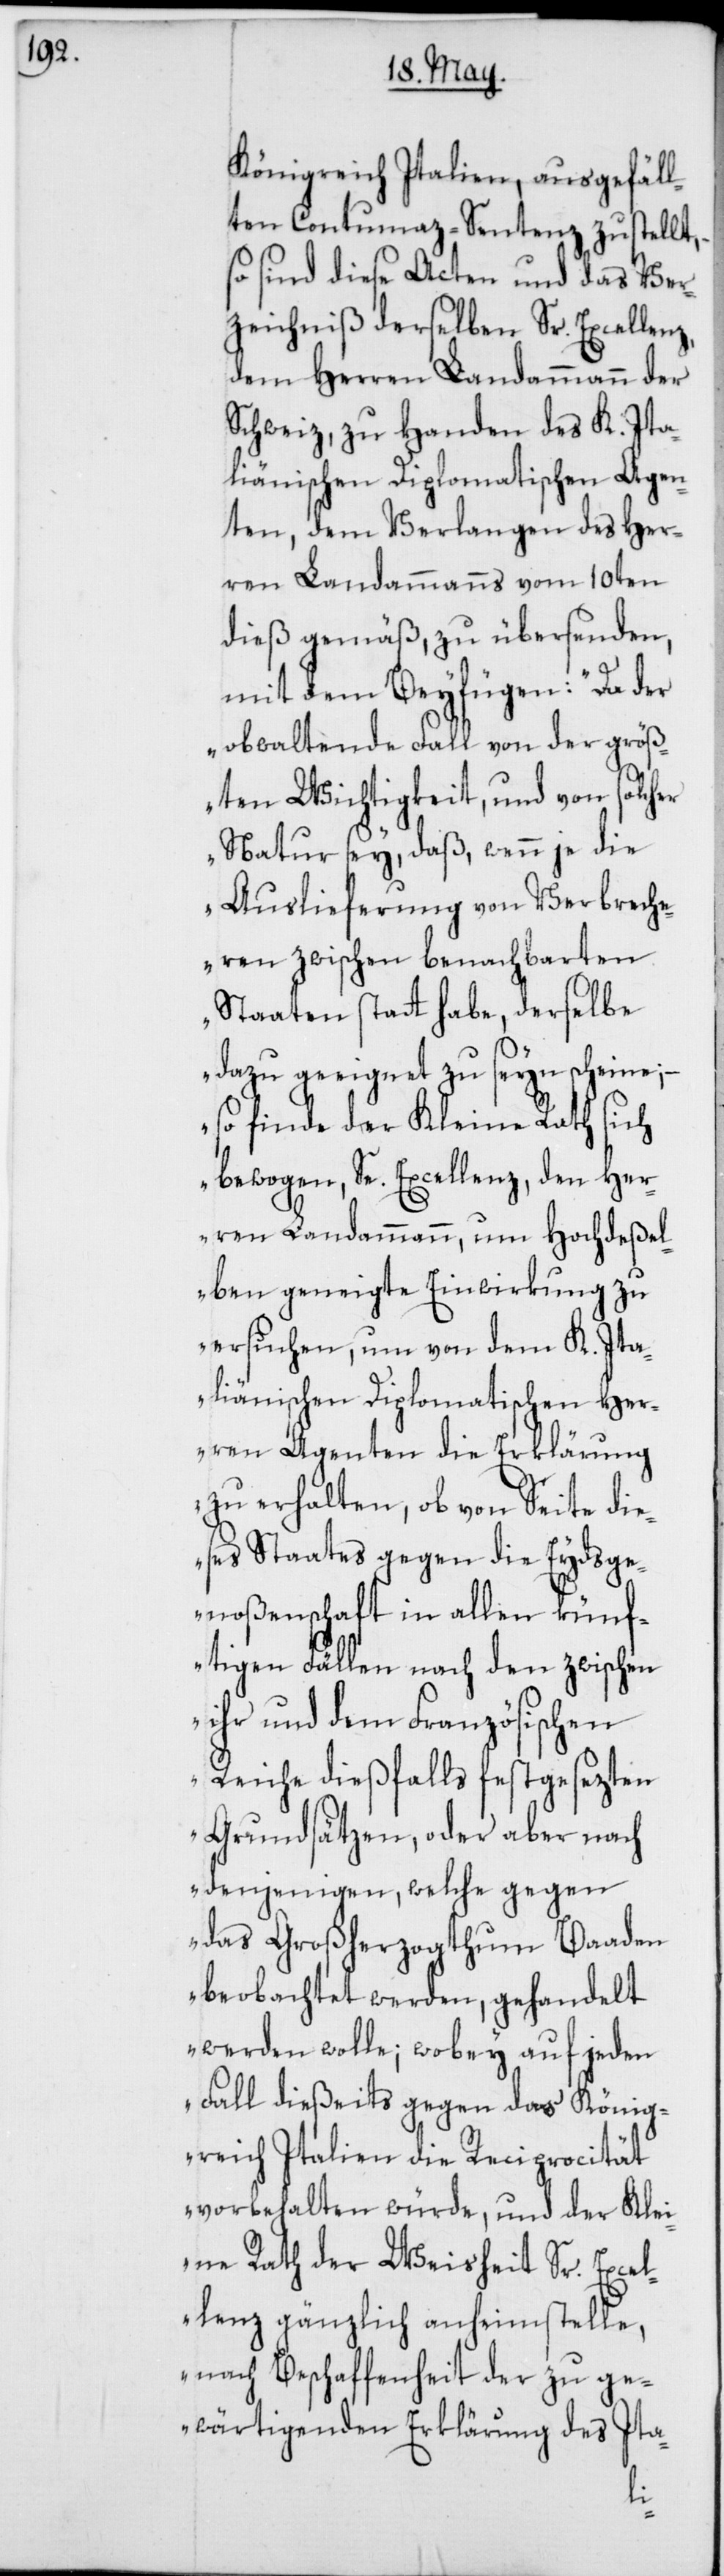
Königreich Italien, ausgefäll¬
te Contumaz-Sentenz zustellt,
so sind diese Acten und das Ver¬
zeichniß derselben Sr. Excellenz,
dem Herren Landammann der
Schweiz, zu Handen des K. Ita¬
liänischen Diplomatischen Agen¬
ten, dem Verlangen des Her¬
ren Landammanns vom 10ten
dieß gemäß, zu übersenden,
mit dem Beyfügen: „Da der
obwaltende Fall von der größ¬
ten Wichtigkeit, und von solcher
Natur sey, daß, wenn je die
Auslieferung von Verbrech¬
eren zwischen benachbarten
Staaten statthabe, derselbe
dazu geeignet zu seyn scheine;
so finde der Kleine Rath sich
bewogen, Sr. Excellenz, den Her¬
ren Landammann, um Hochdeßel¬
ben geneigte Einwirkung zu
ersuchen, um von dem K. Ita¬
liänischen Diplomatischen Her¬
ren Agenten die Erklärung
zu erhalten, ob von Seite die¬
ses Staates gegen die Eydsge¬
noßenschaft in allen künf¬
tigen Fällen nach den zwischen
ihr und dem Französischen
Reiche dießfalls festgesezten
Grundsätzen, oder aber nach
denjenigen, welche gegen
das Großherzogthum Baden
beobachtet werden, gehandelt
werden wolle; wobey auf jeden
Fall dießeits gegen das König¬
reich Italien die Reciprocität
vorbehalten würde, und der Klei¬
ne Rath der Weisheit Sr. Excel¬
lenz gänzlich anheimstelle,
nach Beschaffenheit der zu ge¬
wärtigenden Erklärung des Ita-